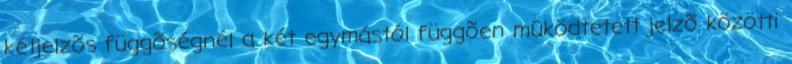
kétjelzõs függõségnél a két egymástól függõen mûködtetett jelzõ közötti